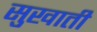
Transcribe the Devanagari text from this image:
सुखाती